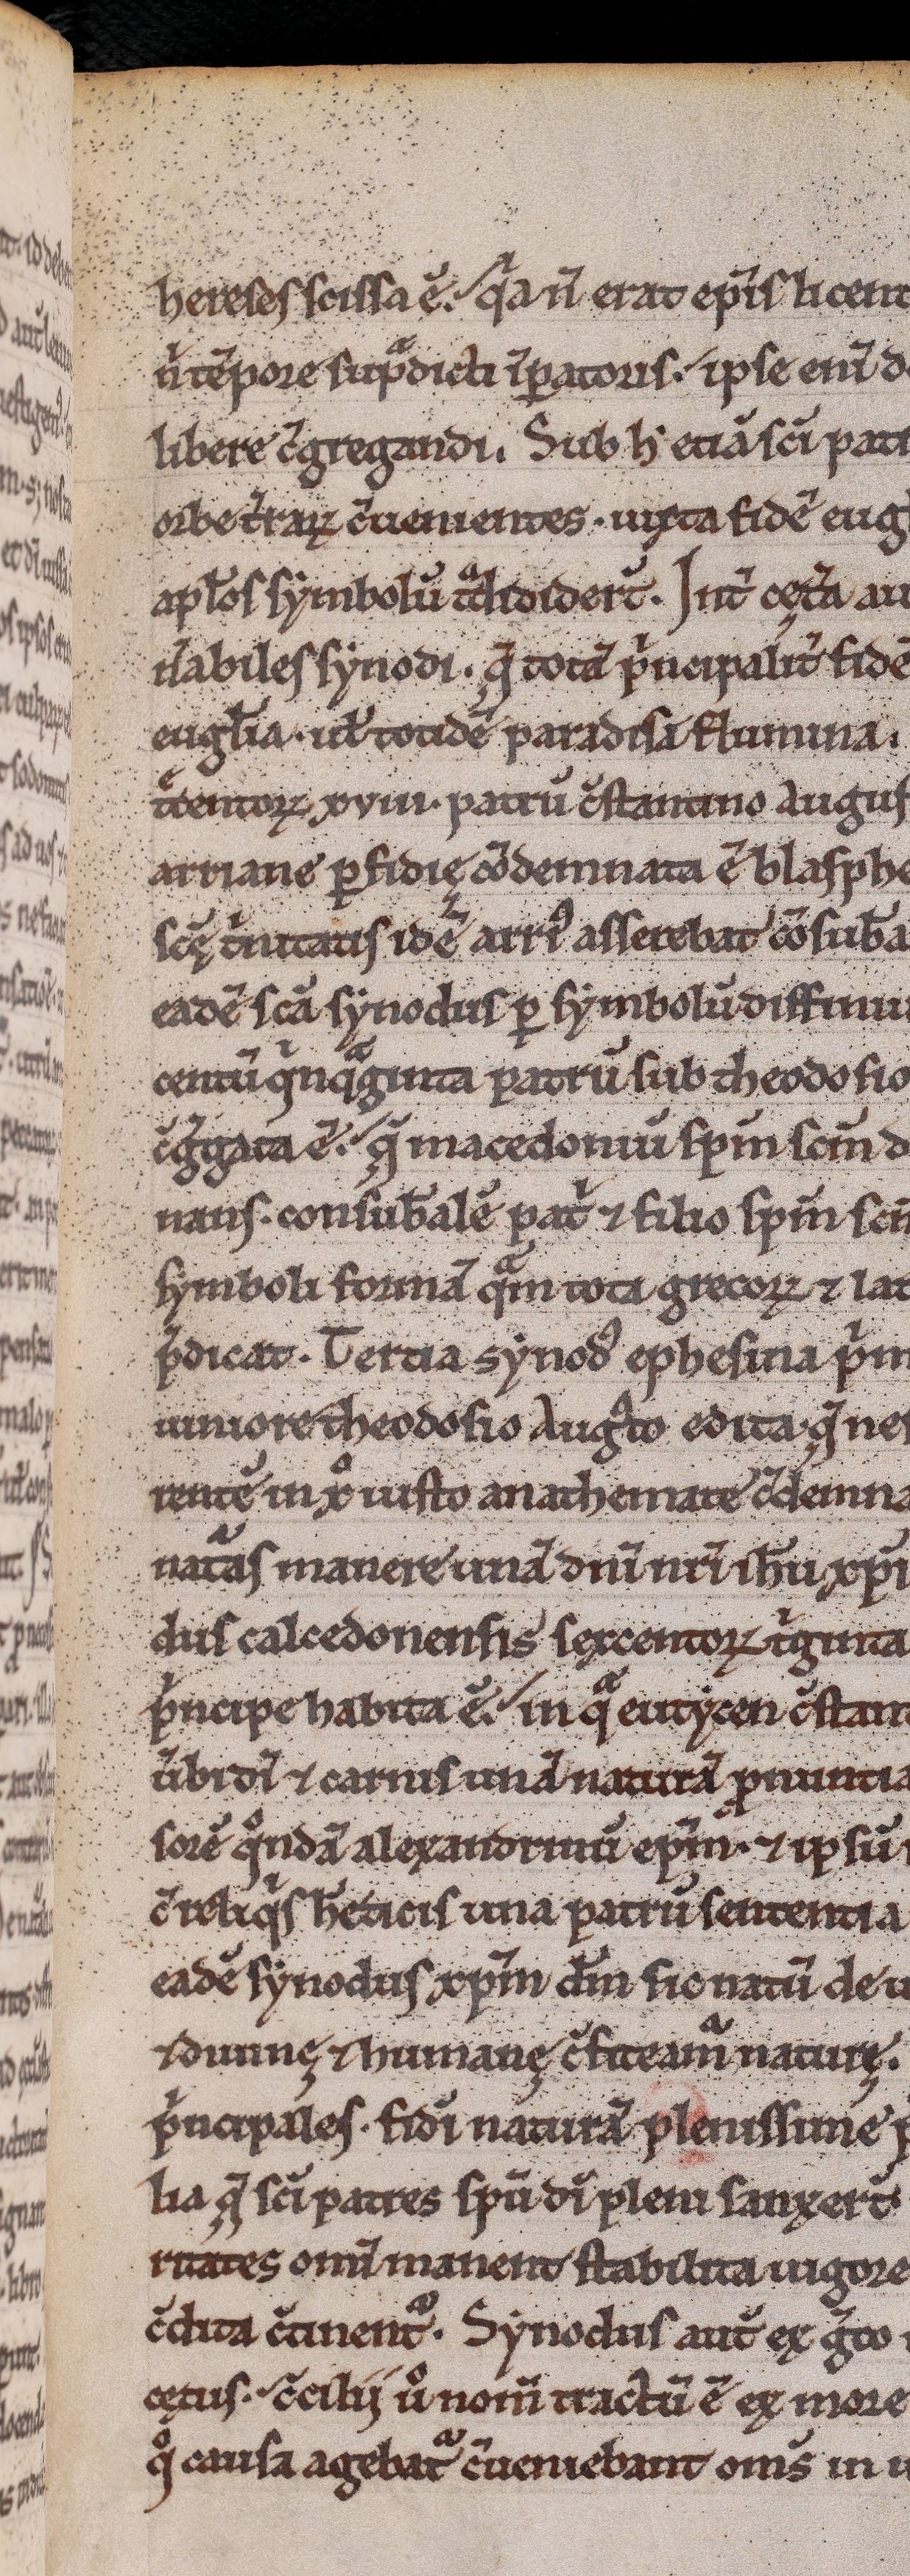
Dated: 1200–1230